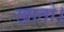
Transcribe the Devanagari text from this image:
खातो।